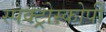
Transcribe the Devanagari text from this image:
स्‍पेक्‍ट्रोस्‍कोपी